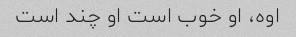
اوه، او خوب است او چند است